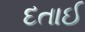
દતાઈ